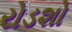
રોડશો